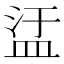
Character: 盓